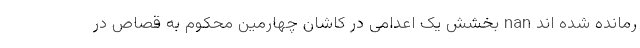
رمانده شده اند nan بخشش یک اعدامی در کاشان چهارمین محکوم به قصاص در